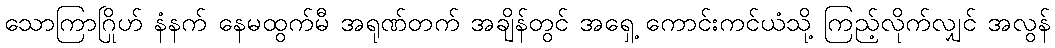
သောကြာဂြိုဟ် နံနက် နေမထွက်မီ အရုဏ်တက် အချိန်တွင် အရှေ့ ကောင်းကင်ယံသို့ ကြည့်လိုက်လျှင် အလွန်